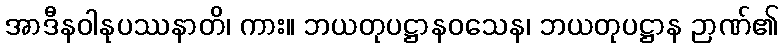
အာဒီနဝါနုပဿနာတိ၊ ကား။ ဘယတုပဋ္ဌာနဝသေန၊ ဘယတုပဋ္ဌာန ဉာဏ်၏